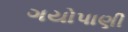
ગયોપાણી